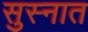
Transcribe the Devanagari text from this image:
सुस्नात